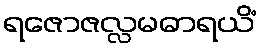
ရဇောဇလ္လမဓာရယိံ